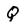
Character: Q